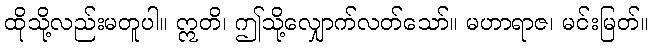
ထိုသို့လည်းမတူပါ။ ဣတိ၊ ဤသို့လျှောက်လတ်သော်။ မဟာရာဇ၊ မင်းမြတ်။